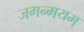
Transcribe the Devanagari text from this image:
जगन्मयम्